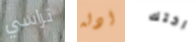
تراسي ادله اختك